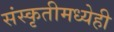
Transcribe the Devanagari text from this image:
संस्कृतीमध्येही